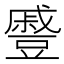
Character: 𮙖